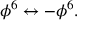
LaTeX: \phi ^ { 6 } \leftrightarrow - \phi ^ { 6 } .